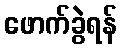
ဖောက်ခွဲရန်